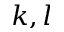
k , l